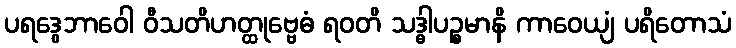
ပရဒွေဘာဝေါ ဝီသတိဟတ္ထုဗ္ဗေဓံ ရဝတိ သဒ္ဓါပဉ္စမာနိ ကာဝေယျံ ပရိတောသံ